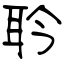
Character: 耹